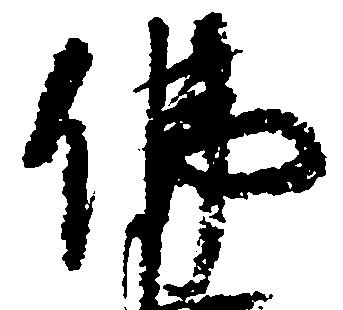
仏